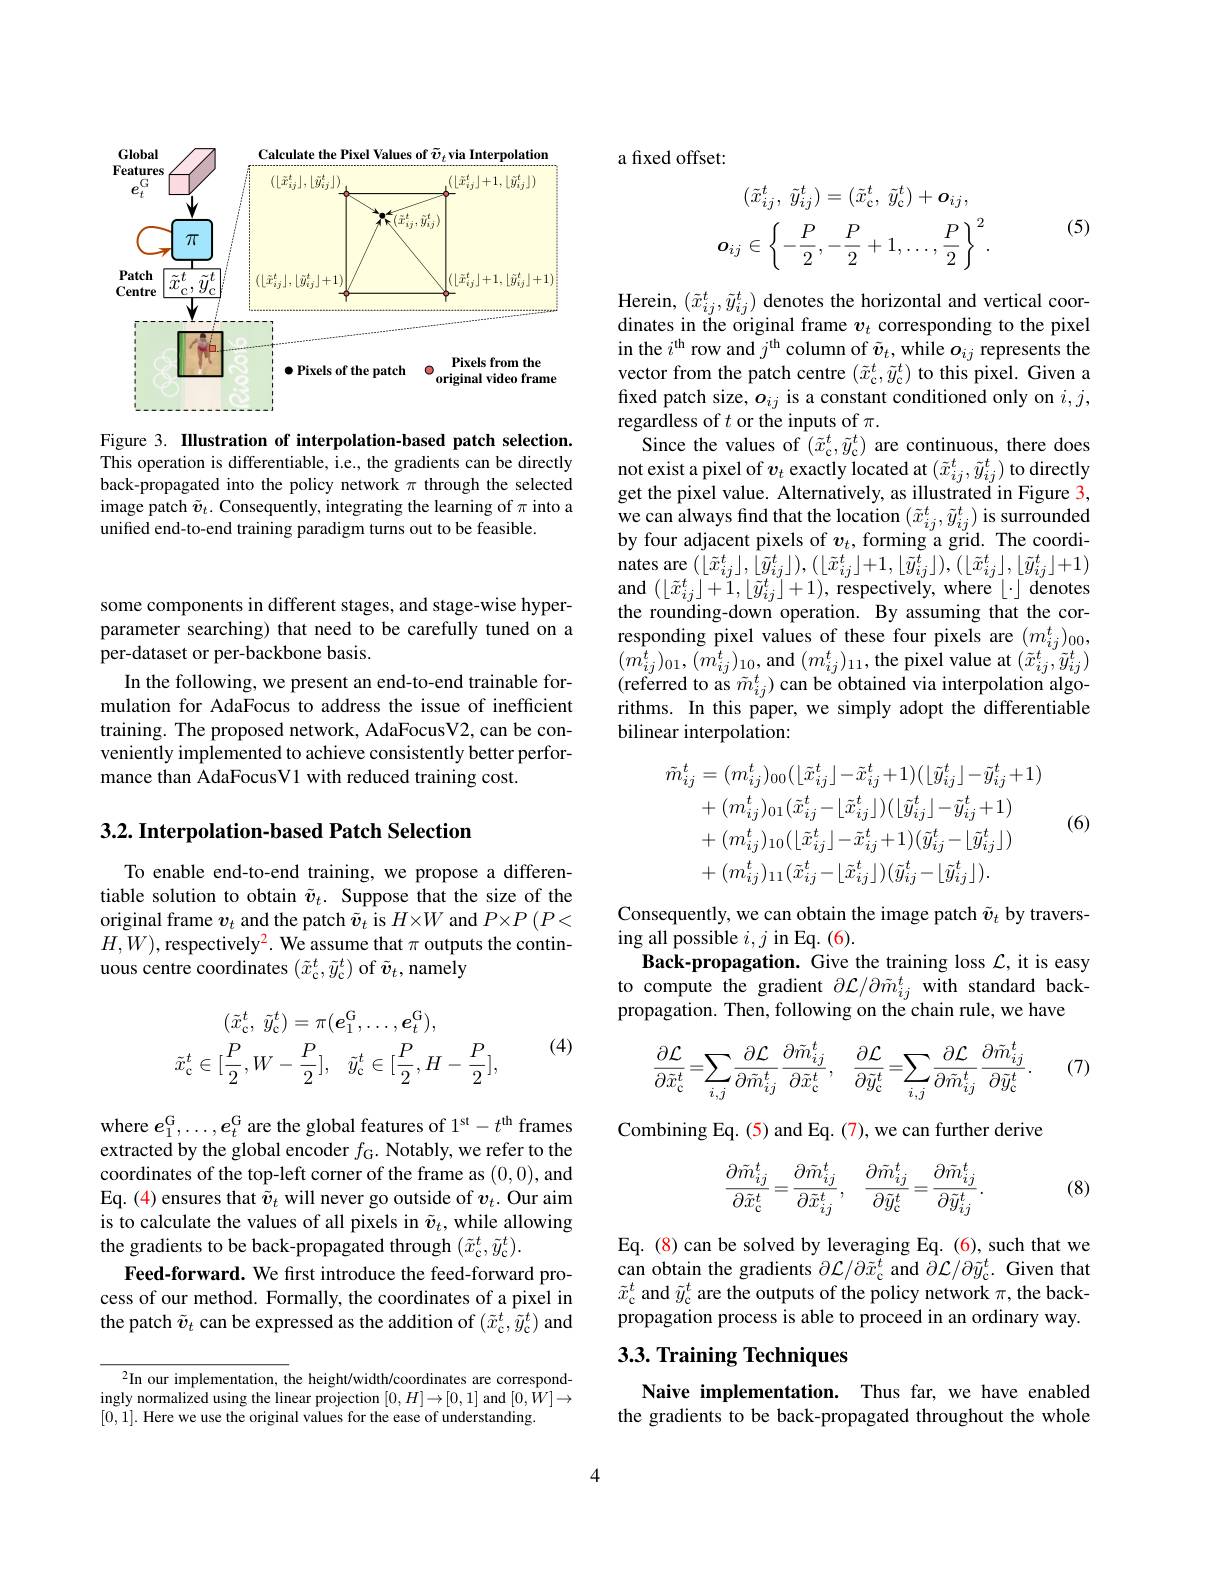
<FigureHere>

Figure 3. Illustration of interpolation-based patch selection. This operation is differentiable, i.e., the gradients can be directly back-propagated into the policy network $\pi$ through the selected image patch $\tilde{v}_t.$ Consequently, integrating the learning of $\pi$ into a unified end-to-end training paradigm turns out to be feasible.

some components in different stages, and stage-wise hyperparameter searching) that need to be carefully tuned on a per-dataset or per-backbone basis.
In the following, we present an end-to-end trainable formulation for AdaFocus to address the issue of inefficient training. The proposed network, AdaFocusV2, can be conveniently implemented to achieve consistently better performance than AdaFocusV1 with reduced training cost.

3.2. Interpolation-based Patch Selection

To enable end-to-end training, we propose a differentiable solution to obtain $\tilde{v}_t.$ Suppose that the size of the original frame $v_t$ and the patch $\tilde{\boldsymbol{v}}_t$ is $H\times W$ and $P\times P\left(P<\right.$ $H,W)$,respectively$^2.$ We assume that $\pi$ outputs the continuous centre coordinates $(\tilde{x}_{\mathrm{c}}^{t},\tilde{y}_{\mathrm{c}}^{t})$ of $\tilde{v}_t$, namely

(4)
$$(\tilde{x}_{\mathrm{c}}^{t},\:\tilde{y}_{\mathrm{c}}^{t})=\pi(e_{1}^{\mathrm{G}},\ldots,e_{t}^{\mathrm{G}}),\\\tilde{x}_{\mathrm{c}}^{t}\in[\frac{P}{2},W-\frac{P}{2}],\quad\tilde{y}_{\mathrm{c}}^{t}\in[\frac{P}{2},H-\frac{P}{2}],$$
where $e_1^\mathrm{G},\ldots,e_t^\mathrm{G}$ are the global features of 1'st$-t^\mathrm{th}$ frames extracted by the global encoder $f_{\mathrm{G}}.$ Notably, we refer to the coordinates of the top-left corner of the frame as (0,0), and Eq. (4) ensures that $\tilde{v}_t$ will never go outside of $v_t.$ Our aim is to calculate the values of all pixels in $\tilde{v}_t$, while allowing the gradients to be back-propagated through $(\tilde{x}_{\mathrm{c}}^{t},\tilde{y}_{\mathrm{c}}^{t}).$
Feed-forward. We first introduce the feed-forward process of our method. Formally, the coordinates of a pixel in the patch $\tilde{v}_t$ can be expressed as the addition of $(\tilde{x}_{\mathrm{c}}^t,\tilde{y}_{\mathrm{c}}^t)$ and

$^2$In our implementation, the height/width/coordinates are correspond- $\begin{array}{l}\text{ingly normalized using the linear projection }[0,H]\to[0,1]\mathrm{~and~}[0,\bar{W}]\to\\\end{array}$ [0,1]. Here we use the original values for the ease of understanding

a fixed offset:

(5)
$$(\tilde{x}_{ij}^{t},\:\tilde{y}_{ij}^{t})=(\tilde{x}_{\mathrm{c}}^{t},\:\tilde{y}_{\mathrm{c}}^{t})+\boldsymbol{o}_{ij},\\\boldsymbol{o}_{ij}\in\left\{-\frac{P}{2},-\frac{P}{2}+1,\ldots,\frac{P}{2}\right\}^{2}.$$
Herein, $(\tilde{x}_{ij}^{t},\tilde{y}_{ij}^{t})$ denotes the horizontal and vertical coordinates in the original frame $v_t$ corresponding to the pixel in the $i^\mathrm{th}$ row and $j^\mathrm{th}$ column of $\tilde{v}_t$, while $o_ij$ represents the vector from the patch centre $(\tilde{x}_{\mathrm{c}}^{t},\tilde{y}_{\mathrm{c}}^{t})$ to this pixel. Given a fixed patch size, $o_ij$ is a constant conditioned only on $i,j$, regardless of $t$ or the inputs of $\pi.$
Since the values of $(\tilde{x}_{\mathrm{c}}^{t},\tilde{y}_{\mathrm{c}}^{t})$ are continuous, there does not exist a pixel of $v_t$ exactly located at $(\tilde{x}_{ij}^t,\tilde{y}_{ij}^t)$ to directly get the pixel value. Alternatively, as illustrated in Figure 3, we can always find that the location $(\tilde{x}_{ij}^{t},\tilde{y}_{ij}^{t})$ is surrounded by four adjacent pixels of $v_t$, forming a grid. The coordi- $\underset{{\mathrm{nates~are~}}}{\operatorname*{\operatorname*{nates~are~}}}(\lfloor\tilde{x}_{ij}^{t}\rfloor,\lfloor\tilde{y}_{ij}^{t}\rfloor),(\lfloor\tilde{x}_{ij}^{t}\rfloor+1,\lfloor\tilde{y}_{ij}^{t}\rfloor),(\lfloor\tilde{x}_{ij}^{t}\rfloor,\lfloor\tilde{y}_{ij}^{t}\rfloor+1)$ and$(\left\lfloor\tilde{x}_{ij}^{t}\right\rfloor+\ddot{1},\left\lfloor\tilde{y}_{ij}^{t}\right\rfloor+1)$,respectively,where$\left\lfloor\cdot\right\rfloor$denotes the rounding-down operation. By assuming that the corresponding pixel values of these four pixels are $(m_{ij}^t)_{00}$, $(\hat{m_{ij}^{t}})_{01},(\tilde{m_{ij}^{t}})_{10}$,and$(m_{ij}^{t})_{11}$,the pixel value at$(\tilde{x}_{ij}^{t},\tilde{y}_{ij}^{t})$ (referred to as $\tilde{m}_ij^t)$can be obtained via interpolation algorithms. In this paper, we simply adopt the differentiable bilinear interpolation:

(6)
$$\begin{aligned}\tilde{m}_{ij}^{t}&=(m_{ij}^{t})_{00}(\lfloor\tilde{x}_{ij}^{t}\rfloor-\tilde{x}_{ij}^{t}+1)(\lfloor\tilde{y}_{ij}^{t}\rfloor-\tilde{y}_{ij}^{t}+1)\\&+(m_{ij}^{t})_{01}(\tilde{x}_{ij}^{t}-\lfloor\tilde{x}_{ij}^{t}\rfloor)(\lfloor\tilde{y}_{ij}^{t}\rfloor-\tilde{y}_{ij}^{t}+1)\\&+(m_{ij}^{t})_{10}(\lfloor\tilde{x}_{ij}^{t}\rfloor-\tilde{x}_{ij}^{t}+1)(\tilde{y}_{ij}^{t}-\lfloor\tilde{y}_{ij}^{t}\rfloor)\\&+(m_{ij}^{t})_{11}(\tilde{x}_{ij}^{t}-\lfloor\tilde{x}_{ij}^{t}\rfloor)(\tilde{y}_{ij}^{t}-\lfloor\tilde{y}_{ij}^{t}\rfloor).\end{aligned}$$
Consequently, we can obtain the image patch $\tilde{\boldsymbol{v}}_t$ by travers-
$\operatorname{ing}$all possible $i,j$ in Eq.(6).
Back-propagation. Give the training loss $\mathcal{L}$, it is easy to compute the gradient $\partial\mathcal{L}/\partial\tilde{m}_{ij}^{t}$ with standard backpropagation. Then, following on the chain rule, we have

(7)
$$\frac{\partial\mathcal{L}}{\partial\tilde{x}_{\mathrm{c}}^{t}}=\sum_{i,j}\frac{\partial\mathcal{L}}{\partial\tilde{m}_{ij}^{t}}\frac{\partial\tilde{m}_{ij}^{t}}{\partial\tilde{x}_{\mathrm{c}}^{t}},\quad\frac{\partial\mathcal{L}}{\partial\tilde{y}_{\mathrm{c}}^{t}}=\sum_{i,j}\frac{\partial\mathcal{L}}{\partial\tilde{m}_{ij}^{t}}\frac{\partial\tilde{m}_{ij}^{t}}{\partial\tilde{y}_{\mathrm{c}}^{t}}.$$
Combining Eq. (5) and Eq. (7), we can further derive
$$\frac{\partial\tilde{m}_{ij}^t}{\partial\tilde{x}_{\mathrm{c}}^t}=\frac{\partial\tilde{m}_{ij}^t}{\partial\tilde{x}_{ij}^t},\quad\frac{\partial\tilde{m}_{ij}^t}{\partial\tilde{y}_{\mathrm{c}}^t}=\frac{\partial\tilde{m}_{ij}^t}{\partial\tilde{y}_{ij}^t}.$$
(8)

Eq. (8) can be solved by leveraging Eq. (6), such that we can obtain the gradients $\partial \mathcal{L} / \partial \tilde{x} _{\mathrm{c} }^{t}$ and $\partial \mathcal{L} / \partial \tilde{y} _{\mathrm{c} }^{t}.$ Given that $\tilde{x}_{\mathrm{c}}^{t}$ and $\tilde{y}_\mathrm{c}^{t}$ are the outputs of the policy network $\pi$,the backpropagation process is able to proceed in an ordinary way.

## 3.3. Training Techniques

Naive implementation. Thus far, we have enabled the gradients to be back-propagated throughout the whole

4